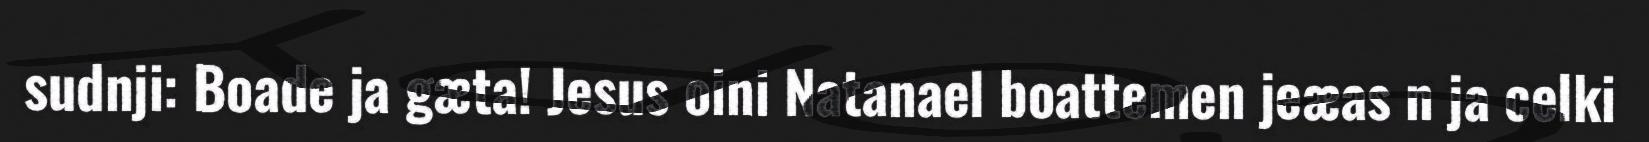
sudnji: Boade ja gæta! Jesus oini Natanael boattemen jeæas n ja celki